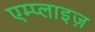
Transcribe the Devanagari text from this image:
एम्प्लाइज़